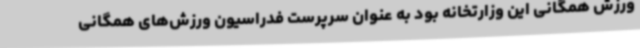
ورزش همگانی این وزارتخانه بود به عنوان سرپرست فدراسیون ورزش‌های همگانی